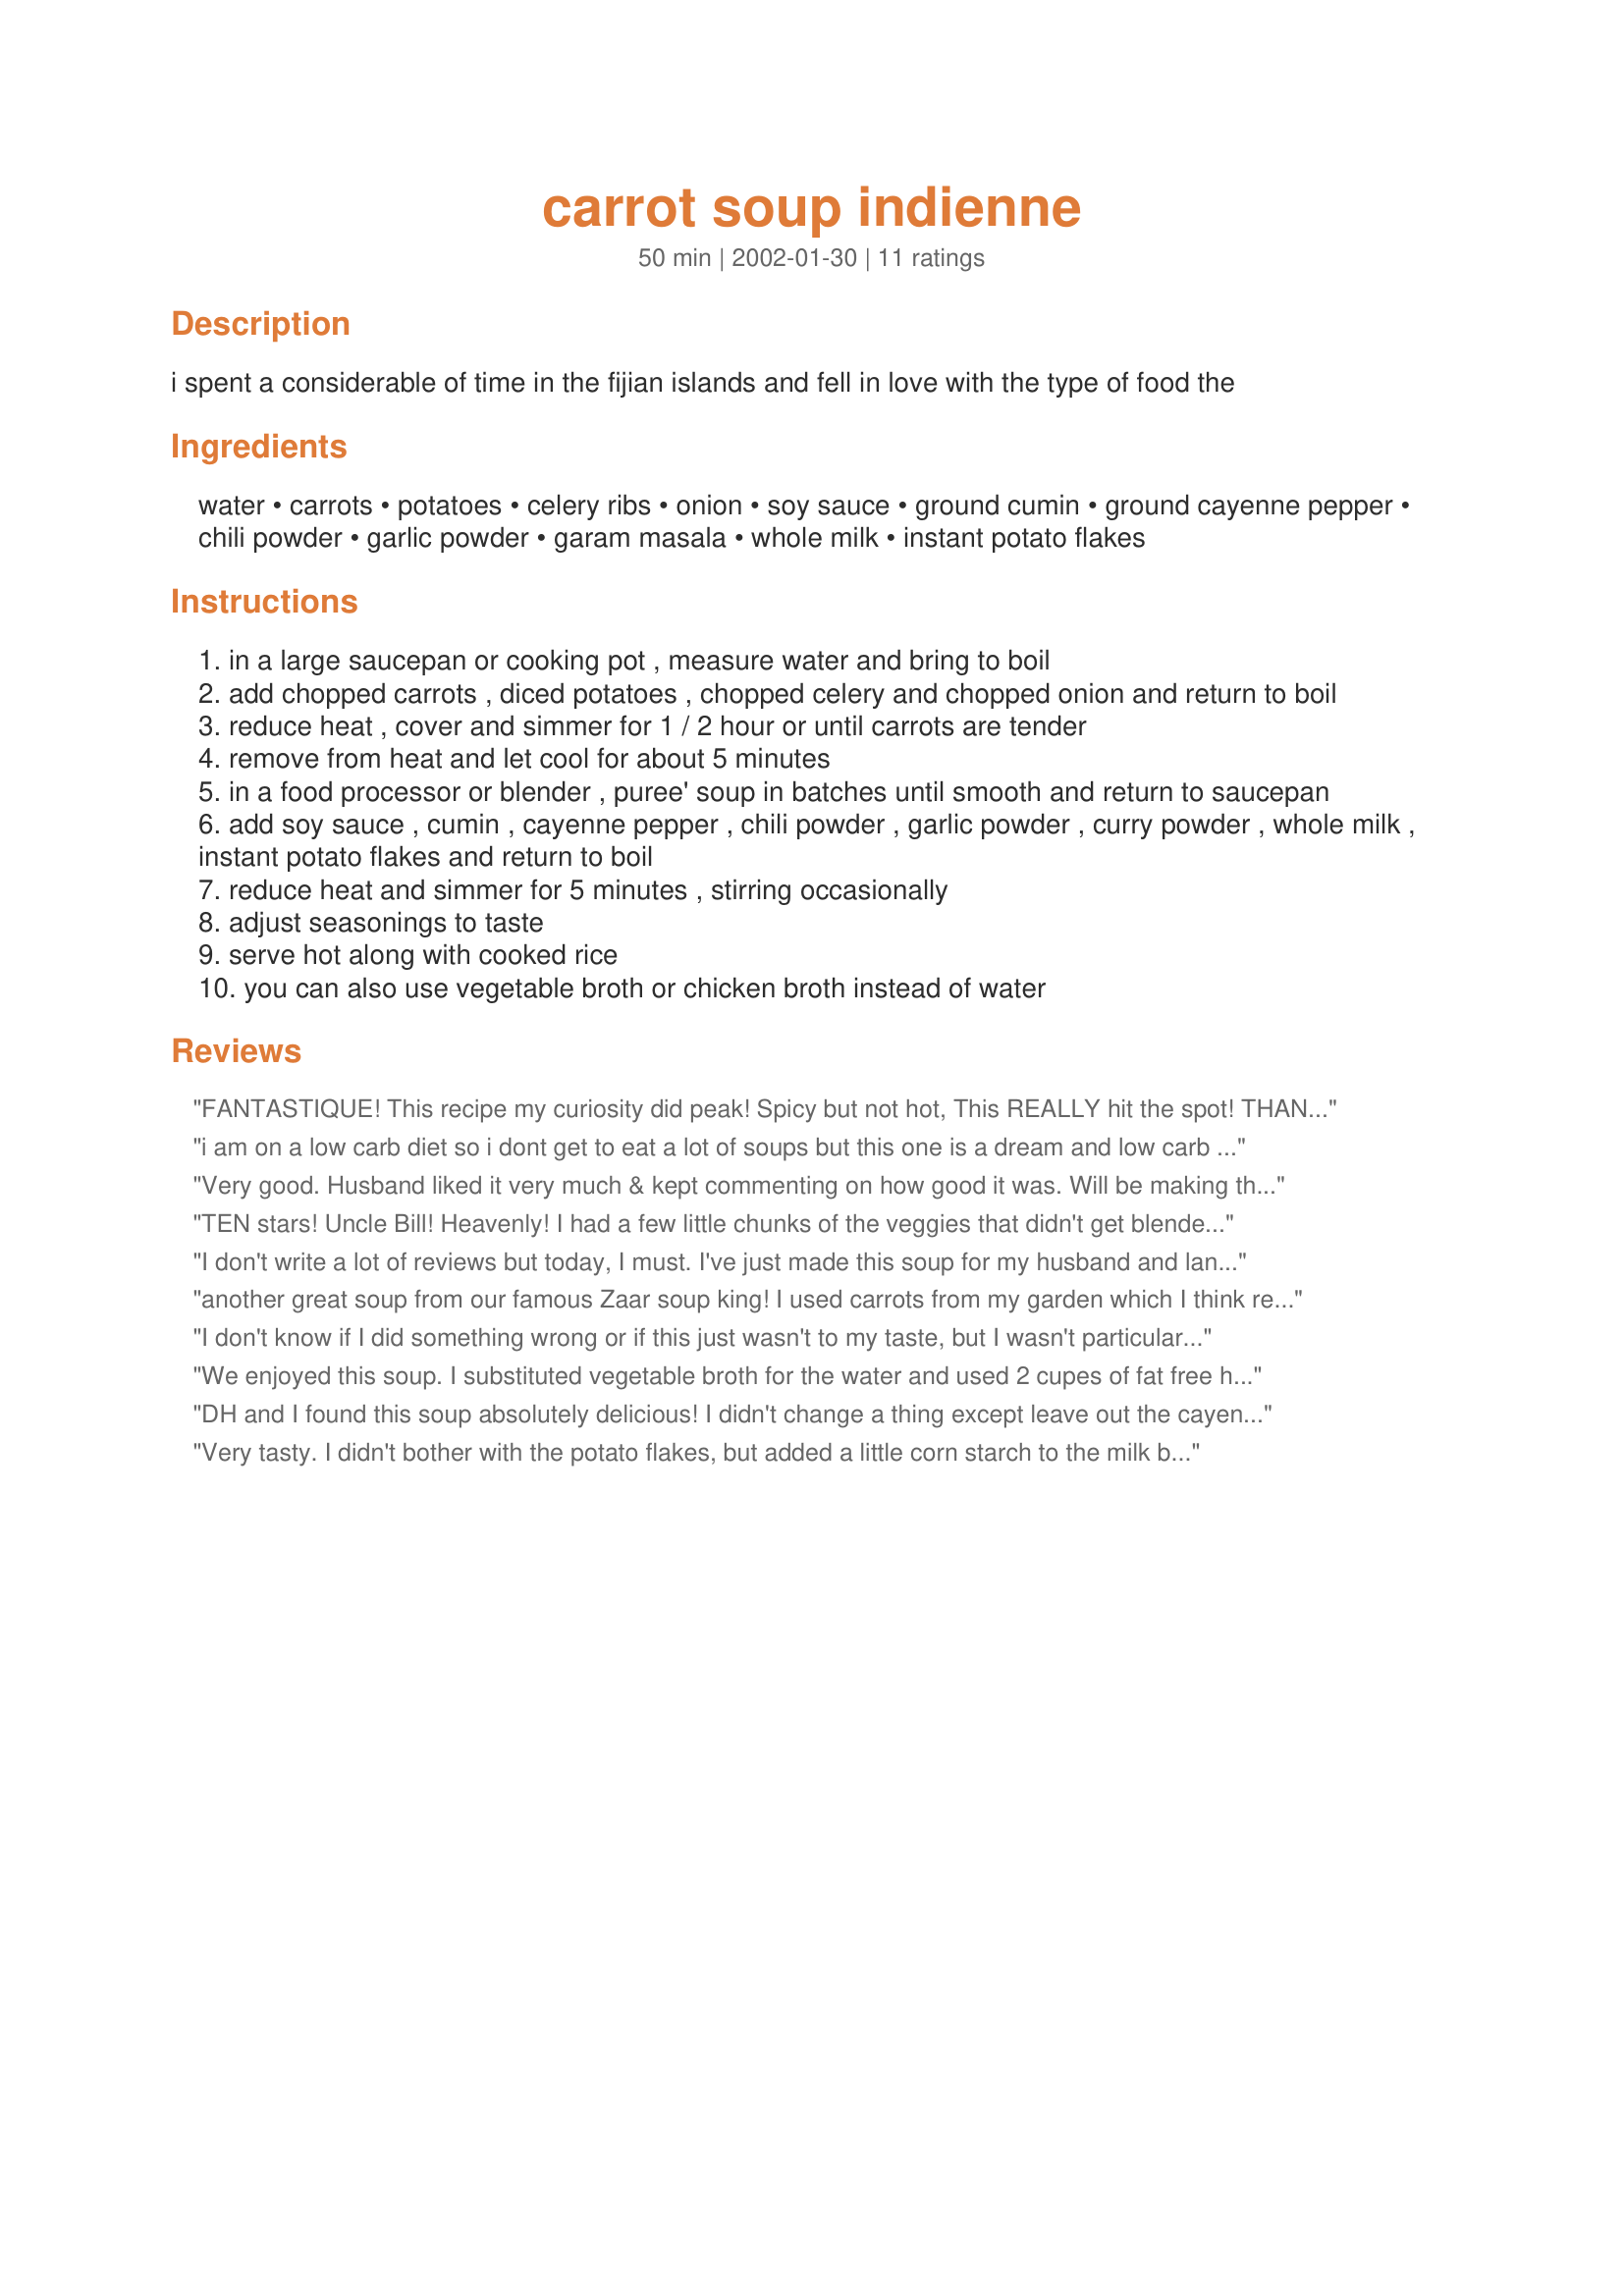
carrot soup indienne
Preparation time: 50 minutes

i spent a considerable of time in the fijian islands and fell in love with the type of food the

Ingredients:
water, carrots, potatoes, celery ribs, onion, soy sauce, ground cumin, ground cayenne pepper, chili powder, garlic powder, garam masala, whole milk, instant potato flakes

Steps:
in a large saucepan or cooking pot , measure water and bring to boil
add chopped carrots , diced potatoes , chopped celery and chopped onion and return to boil
reduce heat , cover and simmer for 1 / 2 hour or until carrots are tender
remove from heat and let cool for about 5 minutes
in a food processor or blender , puree' soup in batches until smooth and return to saucepan
add soy sauce , cumin , cayenne pepper , chili powder , garlic powder , curry powder , whole milk , instant potato flakes and return to boil
reduce heat and simmer for 5 minutes , stirring occasionally
adjust seasonings to taste
serve hot along with cooked rice
you can also use vegetable broth or chicken broth instead of water

Reviews:
FANTASTIQUE!
This recipe my curiosity did peak!
Spicy but not hot,
This REALLY hit the spot!
THANKS UNCLE BILL! A WINNER HERE!
i am on a low carb diet so i dont get to eat a lot of soups but this one is a dream and low carb i will be haveing it again
Very good. Husband liked it very much & kept commenting on how good it was. Will be making this again.
TEN stars! Uncle Bill!
Heavenly! I had a few little chunks of the veggies that didn't get blended but it just made it taste that much better.
(Mmmmmm MMmmmm) :)
You are awesome!

I don't write a lot of reviews but today, I must. I've just made this soup for my husband and landlord who are out in the garden cleaning up and harvesting. They tend to like a liquid lunch (not the healthy kind) and I decided they needed a healthier lunch. This was a smash hit! It's tasty. It's got a bit of a kick, but not so much that I couldn't handle it (I prefer to actually taste my food) and it's gorgeous! I made it as written with two substitutions; I had no celery in the house (a rare occurrence) and used a handful of lovage leaves instead (I have lovage in my garden and it has great celery flavour). Also, instead of soya sauce, I added some salt and about a teaspoon of Better Than Bouillon chicken bouillon base. Oh, and like some others, I never use potato flakes so that was left out; in all honesty, I don't think it needed it. I will definitely be making this again and again.
another great soup from our famous Zaar soup king! I used carrots from my garden which I think really brought the flavor out, made as stated only I used half and half cream and milk, increased the cayenne pepper, the flavors in this soup are simply outstanding and I look forward to making this again soon, thanks Uncle Bill (our Zaar soup king!)
I don't know if I did something wrong or if this just wasn't to my taste, but I wasn't particularly impressed with this soup. I left out the cayenne because the grocery store was out and left out the potato flakes because I never have those on hand. I'm not submitting stars because it could be that my curry has just lost its potency or something, but this was just sort of flat and I wasn't crazy about the texture, but that's just me. After it was done I had a taste, then added a generous sprinkle of salt and more garlic which seemed to improve it. I'm going to feed it to my curry-loving friend and get her opinion too.
We enjoyed this soup. I substituted vegetable broth for the water and used 2 cupes of fat free half and half instead of the whole milk. I skipped the instant potato flakes (I didn't have any). I also used a little less garam masala, curry powder and cayenne. We still thought it was spicy enough.
DH and I found this soup absolutely delicious! I didn't change a thing except leave out the cayenne pepper since I didn't have any! Not too hot for me (I'm a wuss) and it defintely won over my hubby on his birthday. Thanx Bill!
Very tasty. I didn't bother with the potato flakes, but added a little corn starch to the milk before adding it.

I might skip the soya sauce next time, simply because it makes it a rather unattractive brown colour instead of the nice orange of carrots.
Hi William,
I haven't made this yet, but will be making it this week. I know it will be good because of the veggies and spices you have listed. I noticed some people didn't use the potato flakes, and I believe the reason it has been added is to thicken the soup a bit and also add a bit more creaminess to the soup. I have done that myself for certain soups. Thank you for the recipe!!
Love,
Becky
